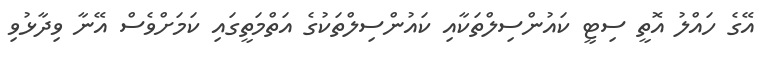
އޭގެ ހައްލު އޮތީ ސިޓީ ކައުންސިލްތަކާއި ކައުންސިލްތަކުގެ އަތްމަތީގައި ކަމަށްވެސް އޭނާ ވިދާޅުވި